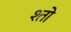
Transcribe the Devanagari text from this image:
श्तो